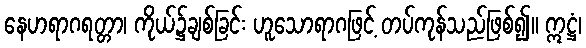
နေဟရာဂရတ္တာ၊ ကိုယ်၌ချစ်ခြင်း ဟူသောရာဂဖြင့် တပ်ကုန်သည်ဖြစ်၍။ ဣဋ္ဌံ၊